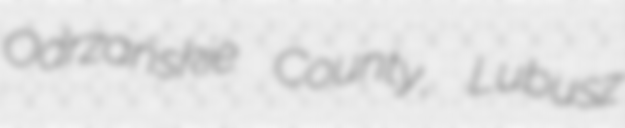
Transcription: Odrzańskie County, Lubusz